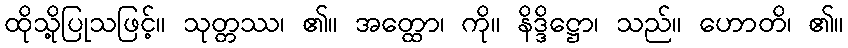
ထိုသို့ပြုသဖြင့်။ သုတ္တဿ၊ ၏။ အတ္ထော၊ ကို။ နိဒ္ဒိဋ္ဌော၊ သည်။ ဟောတိ၊ ၏။